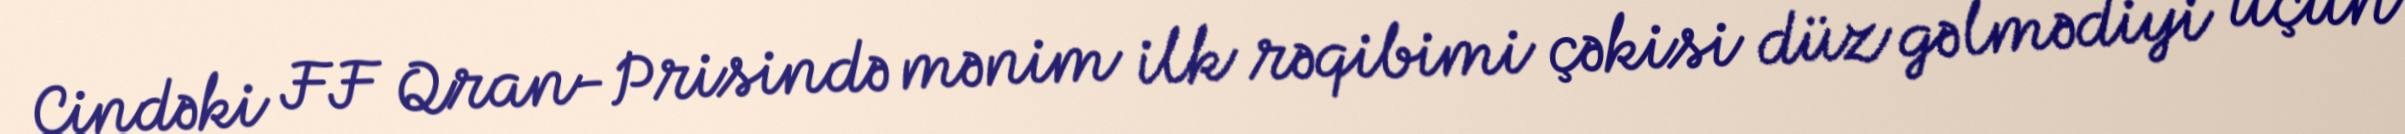
Çindəki FF Qran-Prisində mənim ilk rəqibimi çəkisi düz gəlmədiyi üçün